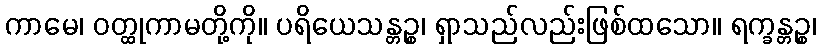
ကာမေ၊ ဝတ္ထုကာမတို့ကို။ ပရိယေသန္တဉ္စ၊ ရှာသည်လည်းဖြစ်ထသော။ ရက္ခန္တဉ္စ၊